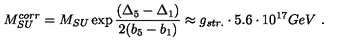
M _ { S U } ^ { c o r r } = M _ { S U } \exp \frac { ( { \Delta } _ { 5 } - { \Delta } _ { 1 } ) } { 2 ( b _ { 5 } - b _ { 1 } ) } \approx g _ { s t r . } \cdot 5 . 6 \cdot 1 0 ^ { 1 7 } G e V \ .